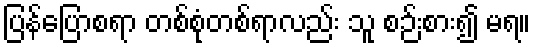
ပြန်ပြောစရာ တစ်စုံတစ်ရာလည်း သူ စဉ်းစား၍ မရ။